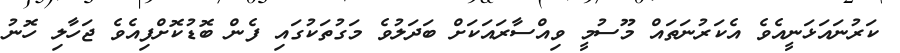
ކަރުނައަޅަނީއެވެ އެކަރުނަތައް މޫސުމީ ވިއްސާރައަކަށް ބަދަލުވެ މަގުތަކުގައި ފެން ބޮޑުކޮށްފިއެވެ ޖަހާލި ހޮނު